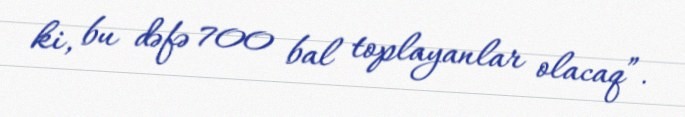
ki, bu dəfə 700 bal toplayanlar olacaq”.